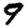
Digit: 9